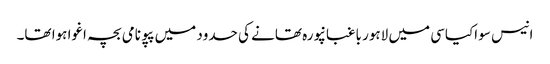
انیس سو اکیاسی میں لاہور باغبانپورہ تھانے کی حدود میں پپو نامی بچہ اغوا ہوا تھا۔